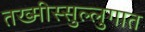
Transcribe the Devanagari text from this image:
तख्मीस्सुल्लुगात